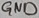
Text: GND